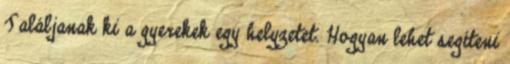
Találjanak ki a gyerekek egy helyzetet. Hogyan lehet segíteni